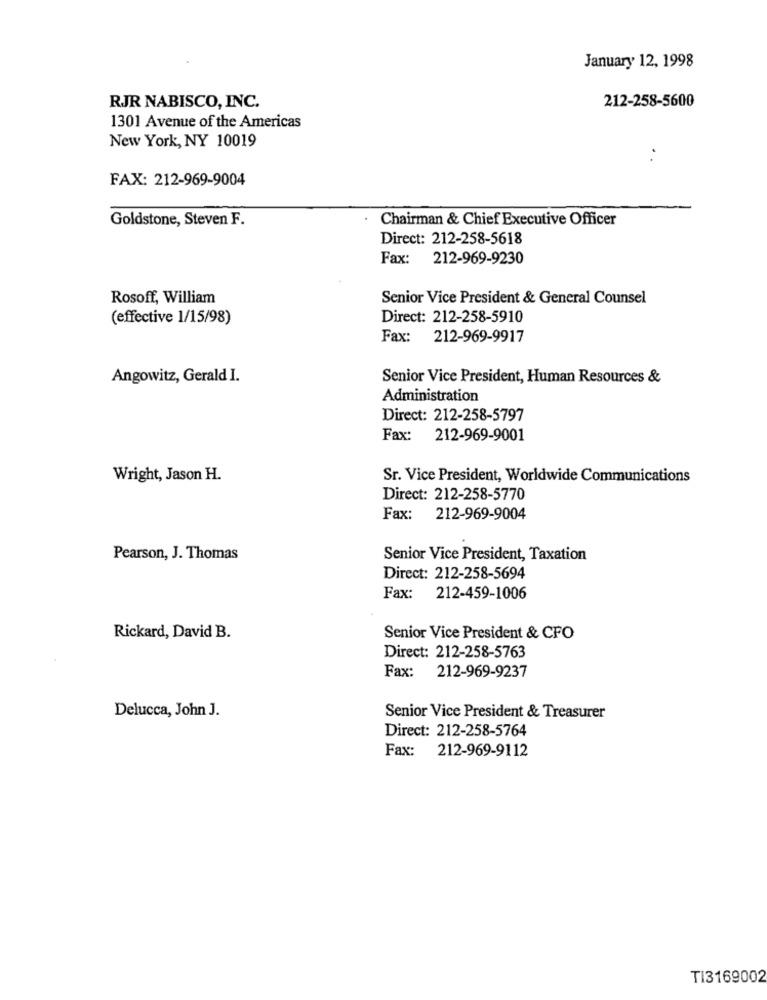
January 12, 1998
212-258-5600
RJR NABISCO, INC.
1301 Avenue of the Americas
New York, NY 10019
FAX: 212-969-9004
Goldstone, Steven F.
Chairman & Chief Executive Officer
Direct: 212-258-5618
Fax: 212-969-9230
Rosoff, William
Senior Vice President & General Counsel
(effective 1/15/98)
Direct: 212-258-5910
Fax: 212-969-9917
Angowitz, Gerald I.
Senior Vice President, Human Resources &
Administration
Direct: 212-258-5797
Fax: 212-969-9001
Wright, Jason H.
Sr. Vice President, Worldwide Communications
Direct: 212-258-5770
Fax: 212-969-9004
Pearson, J. Thomas
Senior Vice President, Taxation
Direct: 212-258-5694
Fax: 212-459-1006
Rickard, David B.
Senior Vice President & CFO
Direct: 212-258-5763
Fax: 212-969-9237
Delucca, John J.
Senior Vice President & Treasurer
Direct: 212-258-5764
Fax: 212-969-9112
TI3169002